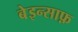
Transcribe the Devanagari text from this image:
बेइन्साफ़